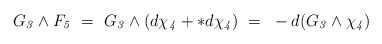
\begin{align*}G_{\it3}\wedge F_{\it5}~=~ G_{\it3}\wedge (d\chi_{\it4} + *d\chi_{\it4})~=~-d(G_{\it3}\wedge \chi_{\it4})\end{align*}